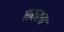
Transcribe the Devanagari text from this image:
तबरन